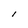
Character: I